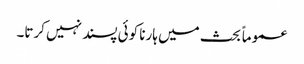
عموماً بحث میں ہارنا کوئی پسند نہیں کرتا۔